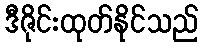
ဒီဇိုင်းထုတ်နိုင်သည်